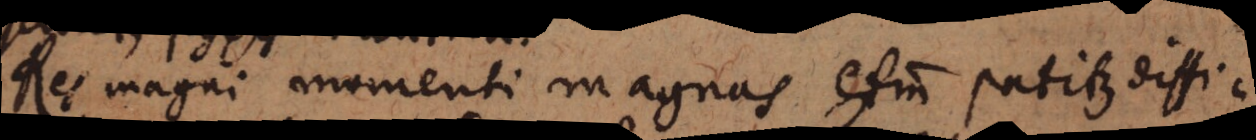
Res magni momenti magnas etiam patitur diffi-